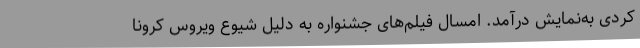
کُردی به‌نمایش درآمد. امسال فیلم‌های جشنواره به دلیل شیوع ویروس کرونا